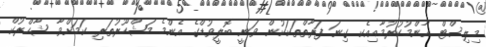
މިލިސްޓް އާންމުކުރުމާއިއެކ ގިނަ ފަރާތްތަކަކުން ވަނީ ބޮލީވުޑްގެ އެންމެ މަޝްހޫރުތަރި ކަމަށްވާ ޝާހްރުކް